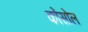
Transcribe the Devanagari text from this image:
कोंसोल